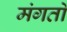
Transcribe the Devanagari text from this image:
मंगतों